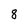
Character: 8